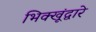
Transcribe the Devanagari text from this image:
भिक्खूंद्वारे